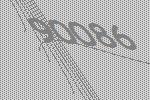
90086